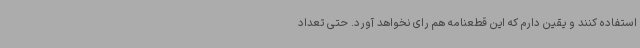
استفاده کنند و یقین دارم که این قطعنامه هم رای نخواهد آورد. حتی تعداد